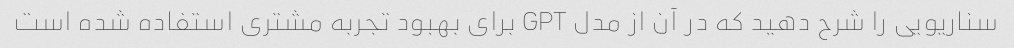
سناریویی را شرح دهید که در آن از مدل GPT برای بهبود تجربه مشتری استفاده شده است